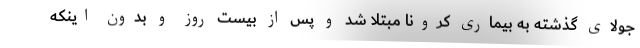
جولای گذشته به بیماری کرونا مبتلا شد و پس از بیست روز و بدون اینکه